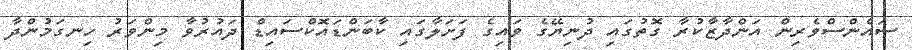
ސައެންސްވެރިން އަންދާޒާކުރާ ގޮތުގައި ދުނިޔޭގެ ވައިގެ ފަށަލާގައި ކާބަންޑައޮކްސައިޑް ދައުރުވާ މިންވަރު ހިނގަމުންދާ